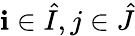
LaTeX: \mathbf{i}\in\hat{{I}},j\in\hat{{J}}